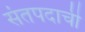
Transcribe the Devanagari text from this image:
संतपदाची